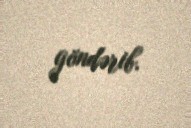
göndərib.